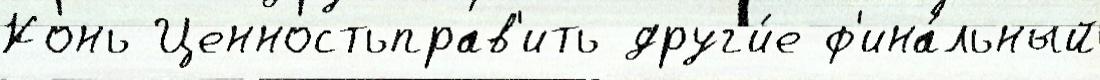
Конь Ценностьправ'ить друг'и́е ф'ина́льный